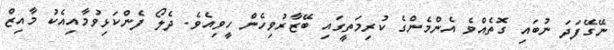
ނޭގޭފަދަ ނުބައި ގޮތެއްވެ އެންމެންގެ ކުރިމަތީގައި ބޭޒާރުވިހެން ހީވިއެވެ. ދެލޯ ފެންކަޅިވުމާއިއެކު މާއިޒް